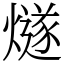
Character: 燧